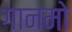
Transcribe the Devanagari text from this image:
गानमो